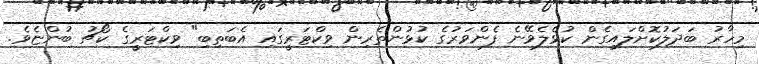
މިހާރު ބަދަލުކޮށްލައިގެން ކުޅެލެވޭނެ ފެންވަރުގެ ކުޅުންތެރިން ވިކްޓަރީގައި އެބަތިބި" ވިކްޓަރީގެ ކޯޗު ބުންޏެވެ.